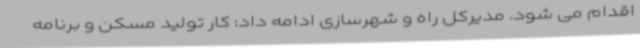
اقدام می شود. مدیرکل راه و شهرسازی ادامه داد: کار تولید مسکن و برنامه